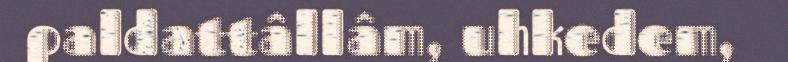
paldattâllâm, uhkedem,